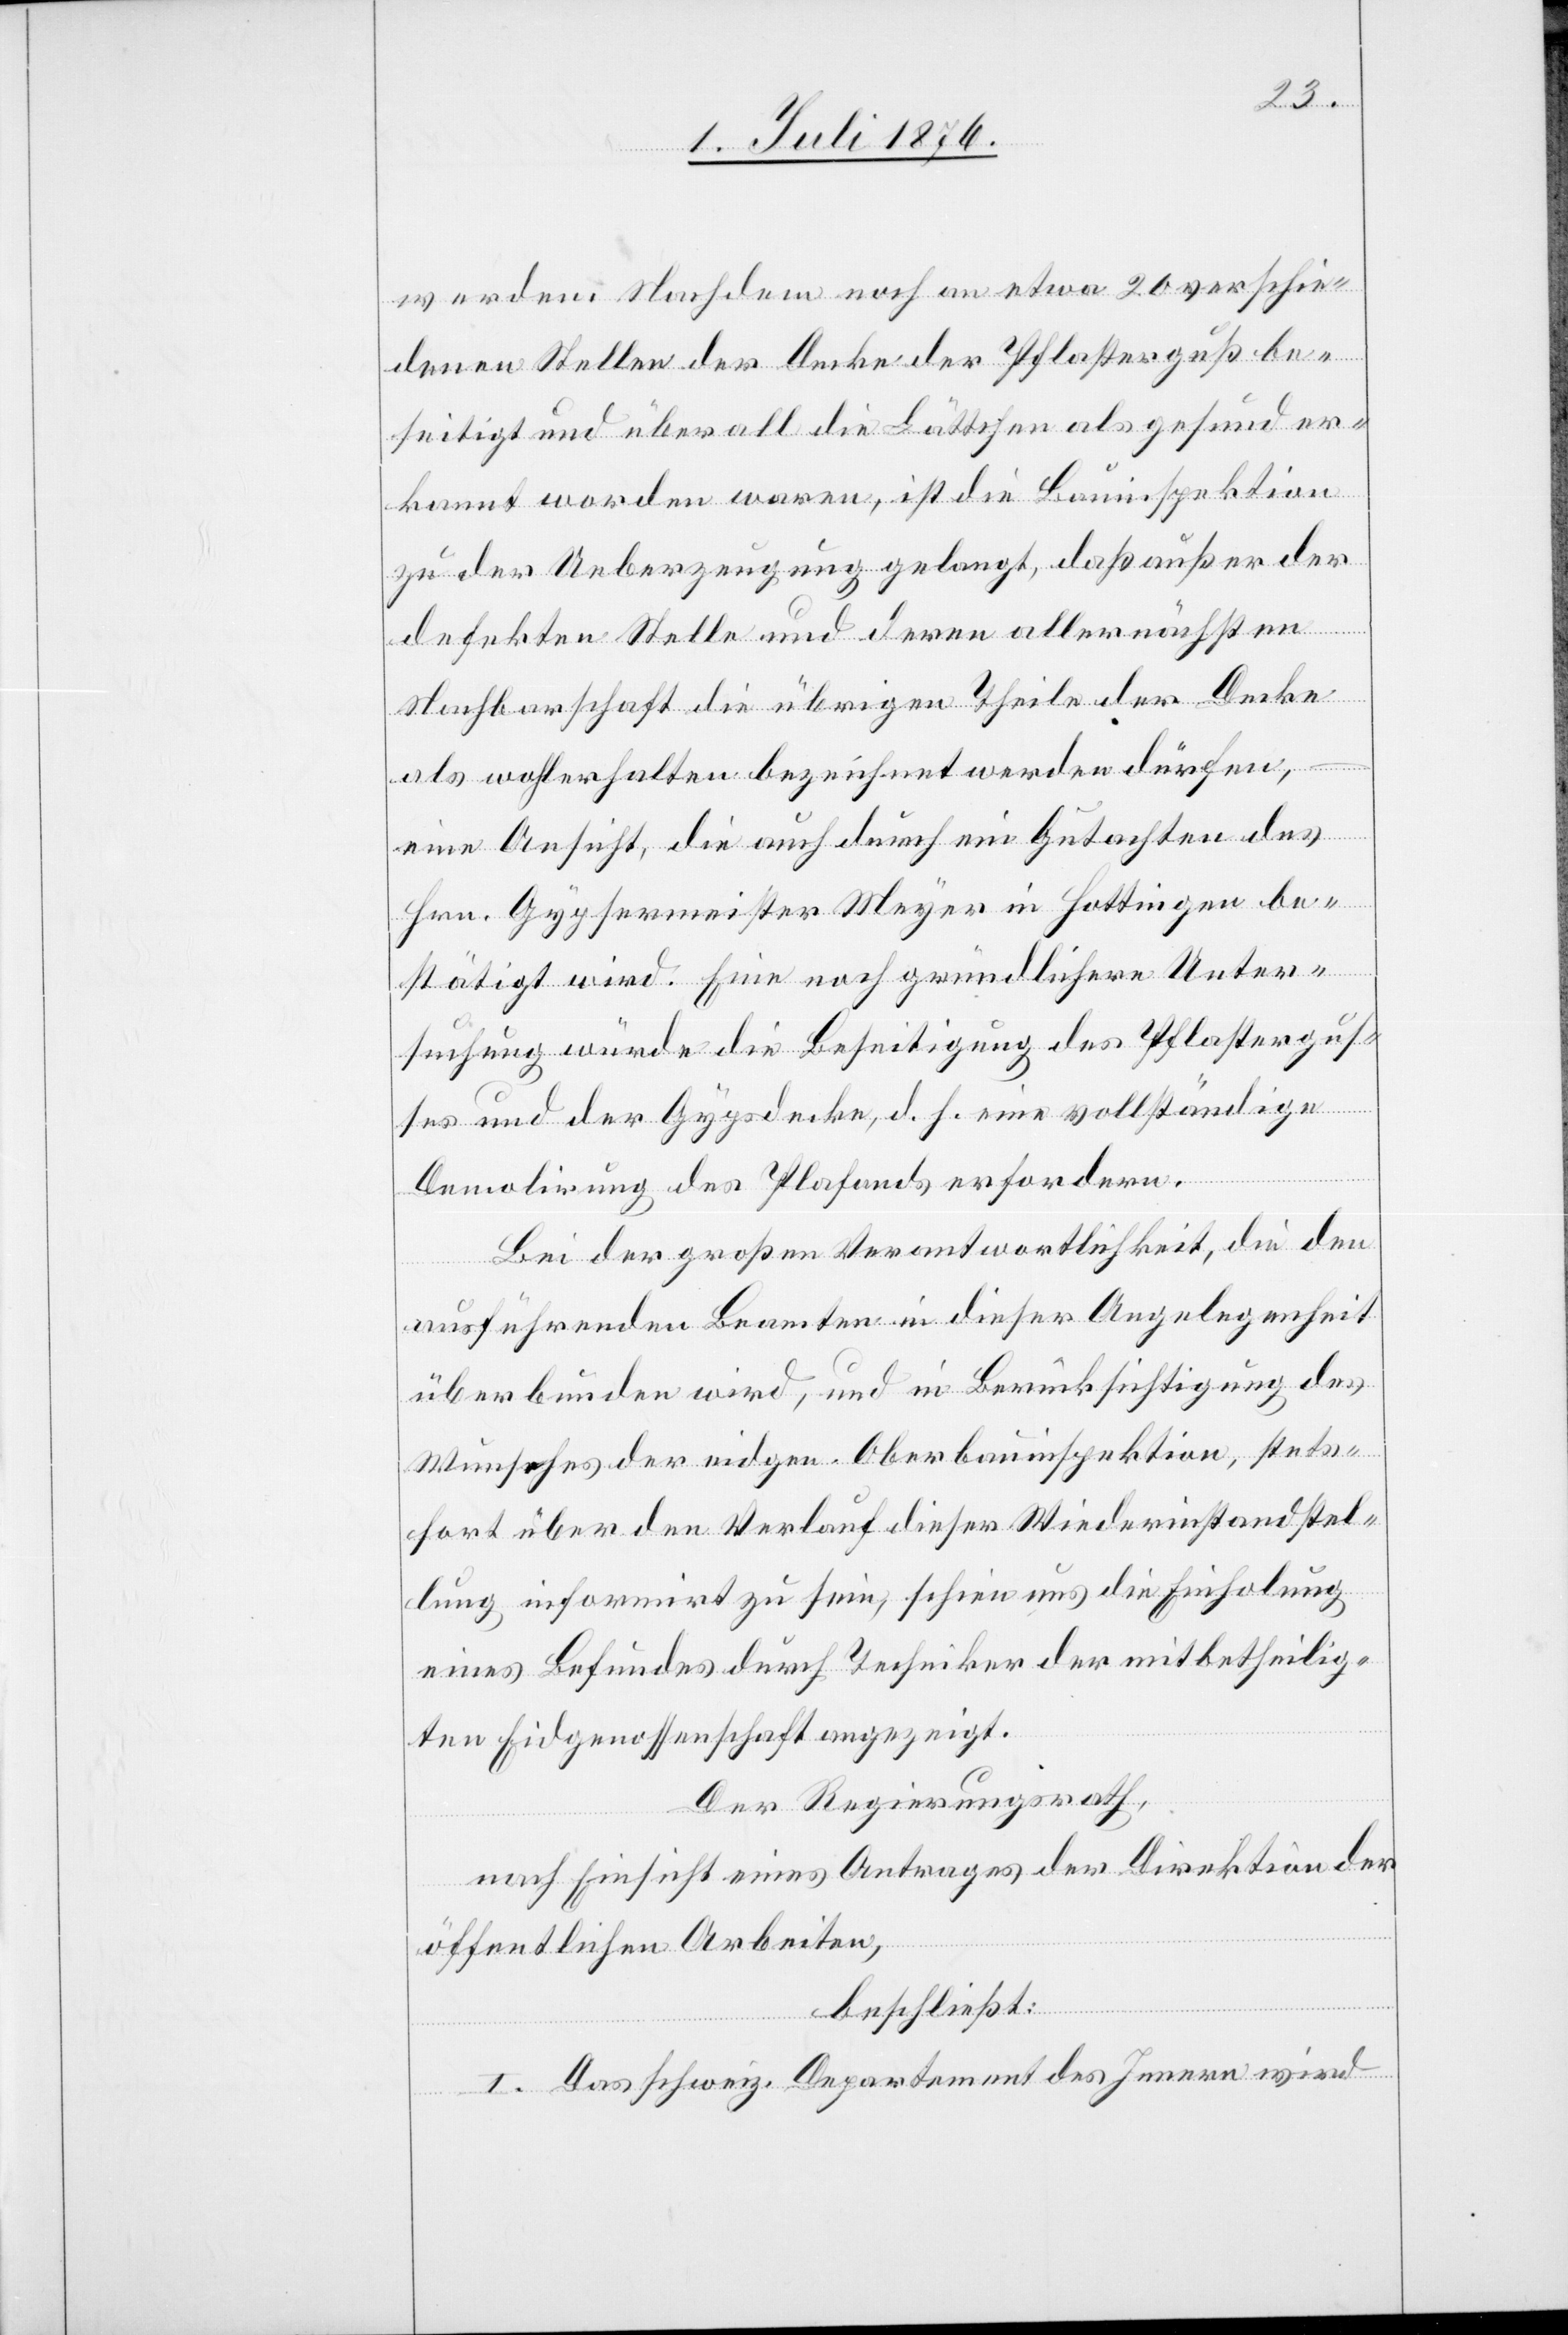
werden. Nachdem noch an etwa 20 verschie¬
denen Stellen der Decke der Pflasterguß be¬
seitigt und überall die Lättchen als gesund er¬
kannt worden waren, ist die Bauinspektion
zu der Ueberzeugung gelangt, das außer der
defekten Stelle und deren allernächsten
Nachbarschaft die übrigen Theile der Decke
als wohlerhalten bezeichnet werden dürfen,
–
eine Ansicht, die auch durch ein Gutachten des
Hrn. Gypsermeister Meyer in Hottingen be¬
stätigt wird. Eine noch gründlichere Unter¬
suchung würde die Beseitigung des Pflastergus¬
ses und der Gypsdecke, d. h. eine vollständige
Demolirung des Plafonds erfordern.
Bei der großen Verantwortlichkeit, die den
ausführenden Beamten in dieser Angelegenheit
überbunden wird, und in Berücksichtigung des
Wunsches der eigen. Oberbauinspektion, stets¬
fort über den Verlauf dieser Wiederinstandstel¬
lung informirt zu sein, schien uns die Einholung
eines Befundes durch Techniker der mitbetheilig¬
ten Eidgenossenschaft angezeigt.
Der Regierungsrath,
nach Einsicht eines Antrages der Direktion der
öffentlichen Arbeiten,
beschließt:
I. Das schweiz. Departement des Innern wird